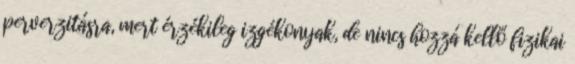
perverzitásra, mert érzékileg izgékonyak, de nincs hozzá kellő fizikai